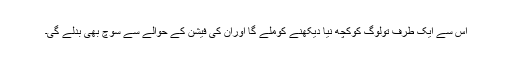
اس سے ایک طرف تولوگ کوکچھ نیا دیکھنے کوملے گا اوران کی فیشن کے حوالے سے سوچ بھی بدلے گی۔